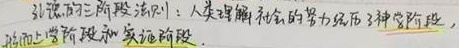
认识的三阶段法则：人类理解社会的努力经历了3种阶段，即形而上学阶段和实证阶段。